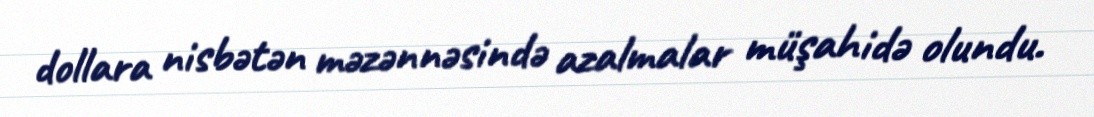
dollara nisbətən məzənnəsində azalmalar müşahidə olundu.